Vaccination in Burma 1900-1911 - 1900-1911
Year: 1900
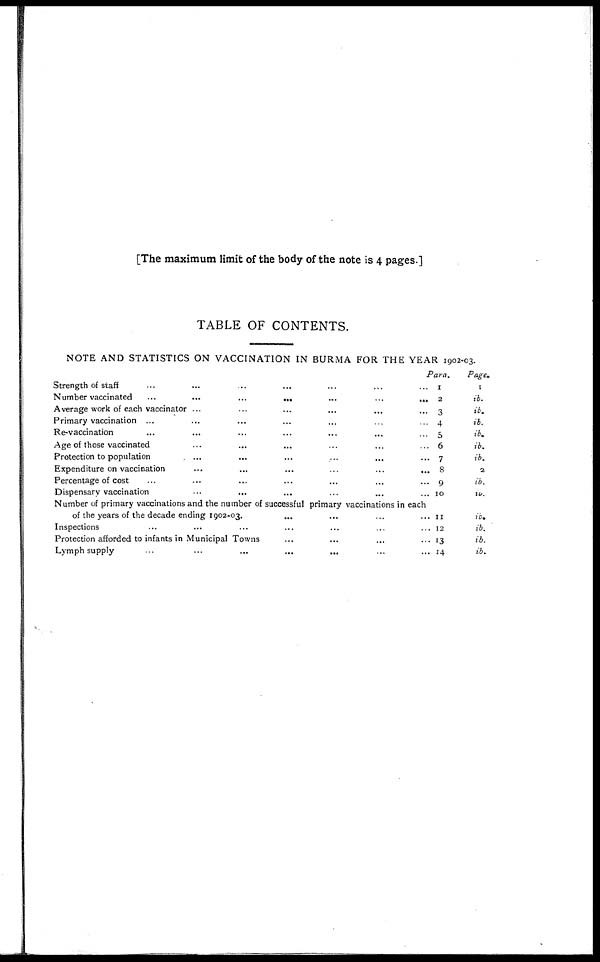
[The maximum limit of the body of the note is 4 pages.]
TABLE OF CONTENTS.
NOTE AND STATISTICS ON VACCINATION IN BURMA FOR THE YEAR 1902-03.
Strength of staff ... ... ... ... ...
Number vaccinated
...
...
...
...
...
Average work of each vaccinator ... ... ... ...
Primary vaccination ... ... ... ...
Re-vaccination
...
...
...
...
Age of those vaccinated ... ... ... ...
Protection to population ... ... ... ...
Expenditure on vaccination
...
...
...
...
Percentage of cost ... ... ... ...
Dispensary vaccination ... ... ... ...
Number of primary vaccinations and the number of successful primary vaccinations in each
of the years of the decade ending 1902-03. ... ... ...
Inspections... ... ... ...
Protection afforded to infants in Municipal Towns... ... ... ...
Lymph
supply...
...
...
...
Para.
1
2
3
4
5
6
7
8
9
10
11
12
13
14
Page.
1
ib.
ib.
ib.
ib.
ib.
ib.
2
ib.
ib.
ib.
ib.
ib.
ib.